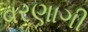
વરણાગી